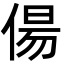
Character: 偒